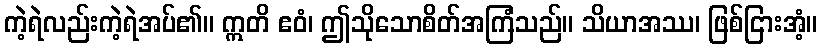
ကဲ့ရဲလည်းကဲ့ရဲအပ်၏။ ဣတိ ဧဝံ၊ ဤသိုသောစိတ်အကြံသည်။ သိယာအဿ၊ ဖြစ်ငြားအံ့။